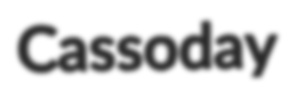
Cassoday